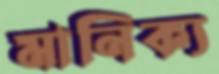
মানিক্য